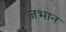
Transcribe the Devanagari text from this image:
जभान